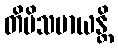
တိမိသမာယန္တိ